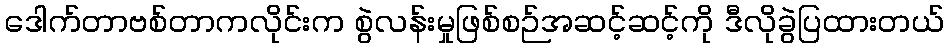
ဒေါက်တာဗစ်တာကလိုင်းက စွဲလန်းမှုဖြစ်စဉ်အဆင့်ဆင့်ကို ဒီလိုခွဲပြထားတယ်